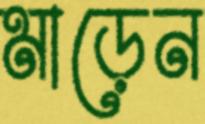
মাড়েন